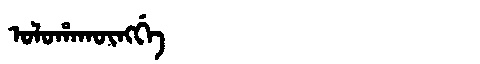
Manchu: ᠣᠯᠣᡥᠠᡴᡡᠩᡤᡝ
Romanization: OLOHAKŪNGGE